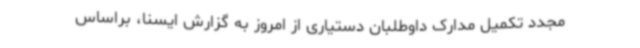
مجدد تکمیل مدارک داوطلبان دستیاری از امروز به گزارش ایسنا، براساس